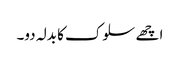
اچھے سلوک کا بدلہ دو۔